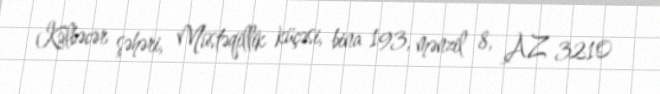
Kəlbəcər şəhəri, Müstəqillik küçəsi, bina 193, mənzil 8, AZ 3210